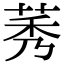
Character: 莠